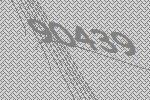
90439